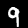
Label: 9